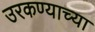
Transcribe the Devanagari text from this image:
उरकण्याच्या